Indian journal of veterinary science and animal husbandry - Volumes 18-21, 1948-1951
Year: 1948
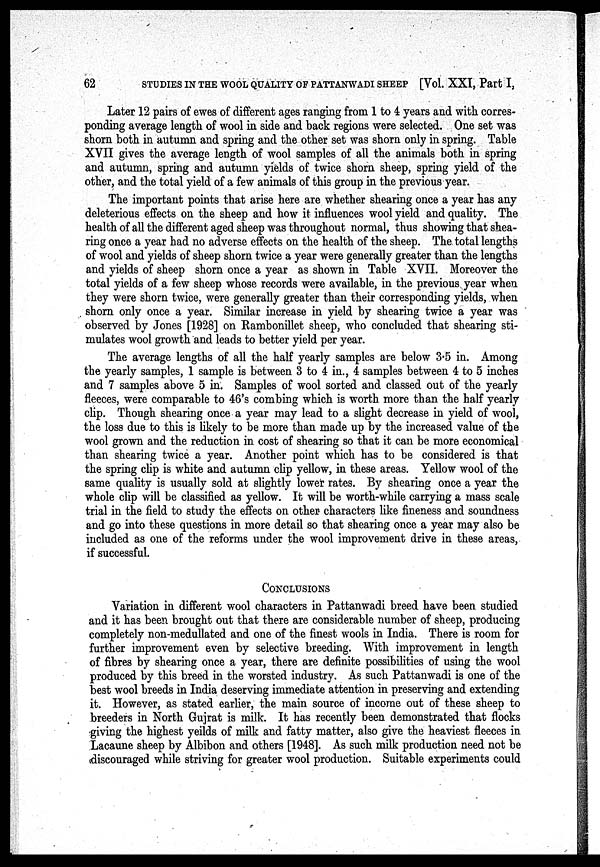
62
STUDIES IN THE WOOL QUALITY OF PATTANWADI SHEEP [Vol. XXI, Part I,
Later 12 pairs of ewes of different ages ranging from 1 to 4 years and with corres-
ponding average length of wool in side and back regions were selected. One set was
shorn both in autumn and spring and the other set was shorn only in spring. Table
XVII gives the average length of wool samples of all the animals both in spring
and autumn, spring and autumn yields of twice shorn sheep, spring yield of the
other, and the total yield of a few animals of this group in the previous year.
The important points that arise here are whether shearing once a year has any
deleterious effects on the sheep and how it influences wool yield and quality. The
health of all the different aged sheep was throughout normal, thus showing that shea-
ring once a year had no adverse effects on the health of the sheep. The total lengths
of wool and yields of sheep shorn twice a year were generally greater than the lengths
and yields of sheep shorn once a year as shown in Table XVII. Moreover the
total yields of a few sheep whose records were available, in the previous year when
they were shorn twice, were generally greater than their corresponding yields, when
shorn only once a year. Similar increase in yield by shearing twice a year was
observed by Jones [1928] on Rambonillet sheep, who concluded that shearing sti-
mulates wool growth and leads to better yield per year.
The average lengths of all the half yearly samples are below 3.5 in. Among
the yearly samples, 1 sample is between 3 to 4 in., 4 samples between 4 to 5 inches
and 7 samples above 5 in. Samples of wool sorted and classed out of the yearly
fleeces, were comparable to 46's combing which is worth more than the half yearly
clip. Though shearing once a year may lead to a slight decrease in yield of wool,
the loss due to this is likely to be more than made up by the increased value of the
wool grown and the reduction in cost of shearing so that it can be more economical
than shearing twice a year. Another point which has to be considered is that
the spring clip is white and autumn clip yellow, in these areas. Yellow wool of the
same quality is usually sold at slightly lower rates. By shearing once a year the
whole clip will be classified as yellow. It will be worth-while carrying a mass scale
trial in the field to study the effects on other characters like fineness and soundness
and go into these questions in more detail so that shearing once a year may also be
included as one of the reforms under the wool improvement drive in these areas,
if successful.
CONCLUSIONS
Variation in different wool characters in Pattanwadi breed have been studied
and it has been brought out that there are considerable number of sheep, producing
completely non-medullated and one of the finest wools in India. There is room for
further improvement even by selective breeding. With improvement in length
of fibres by shearing once a year, there are definite possibilities of using the wool
produced by this breed in the worsted industry. As such Pattanwadi is one of the
best wool breeds in India deserving immediate attention in preserving and extending
it. However, as stated earlier, the main source of income out of these sheep to
breeders in North Gujrat is milk. It has recently been demonstrated that flocks
giving the highest yeilds of milk and fatty matter, also give the heaviest fleeces in
Lacaune sheep by Albibon and others [1948]. As such milk production need not be
discouraged while striving for greater wool production. Suitable experiments could